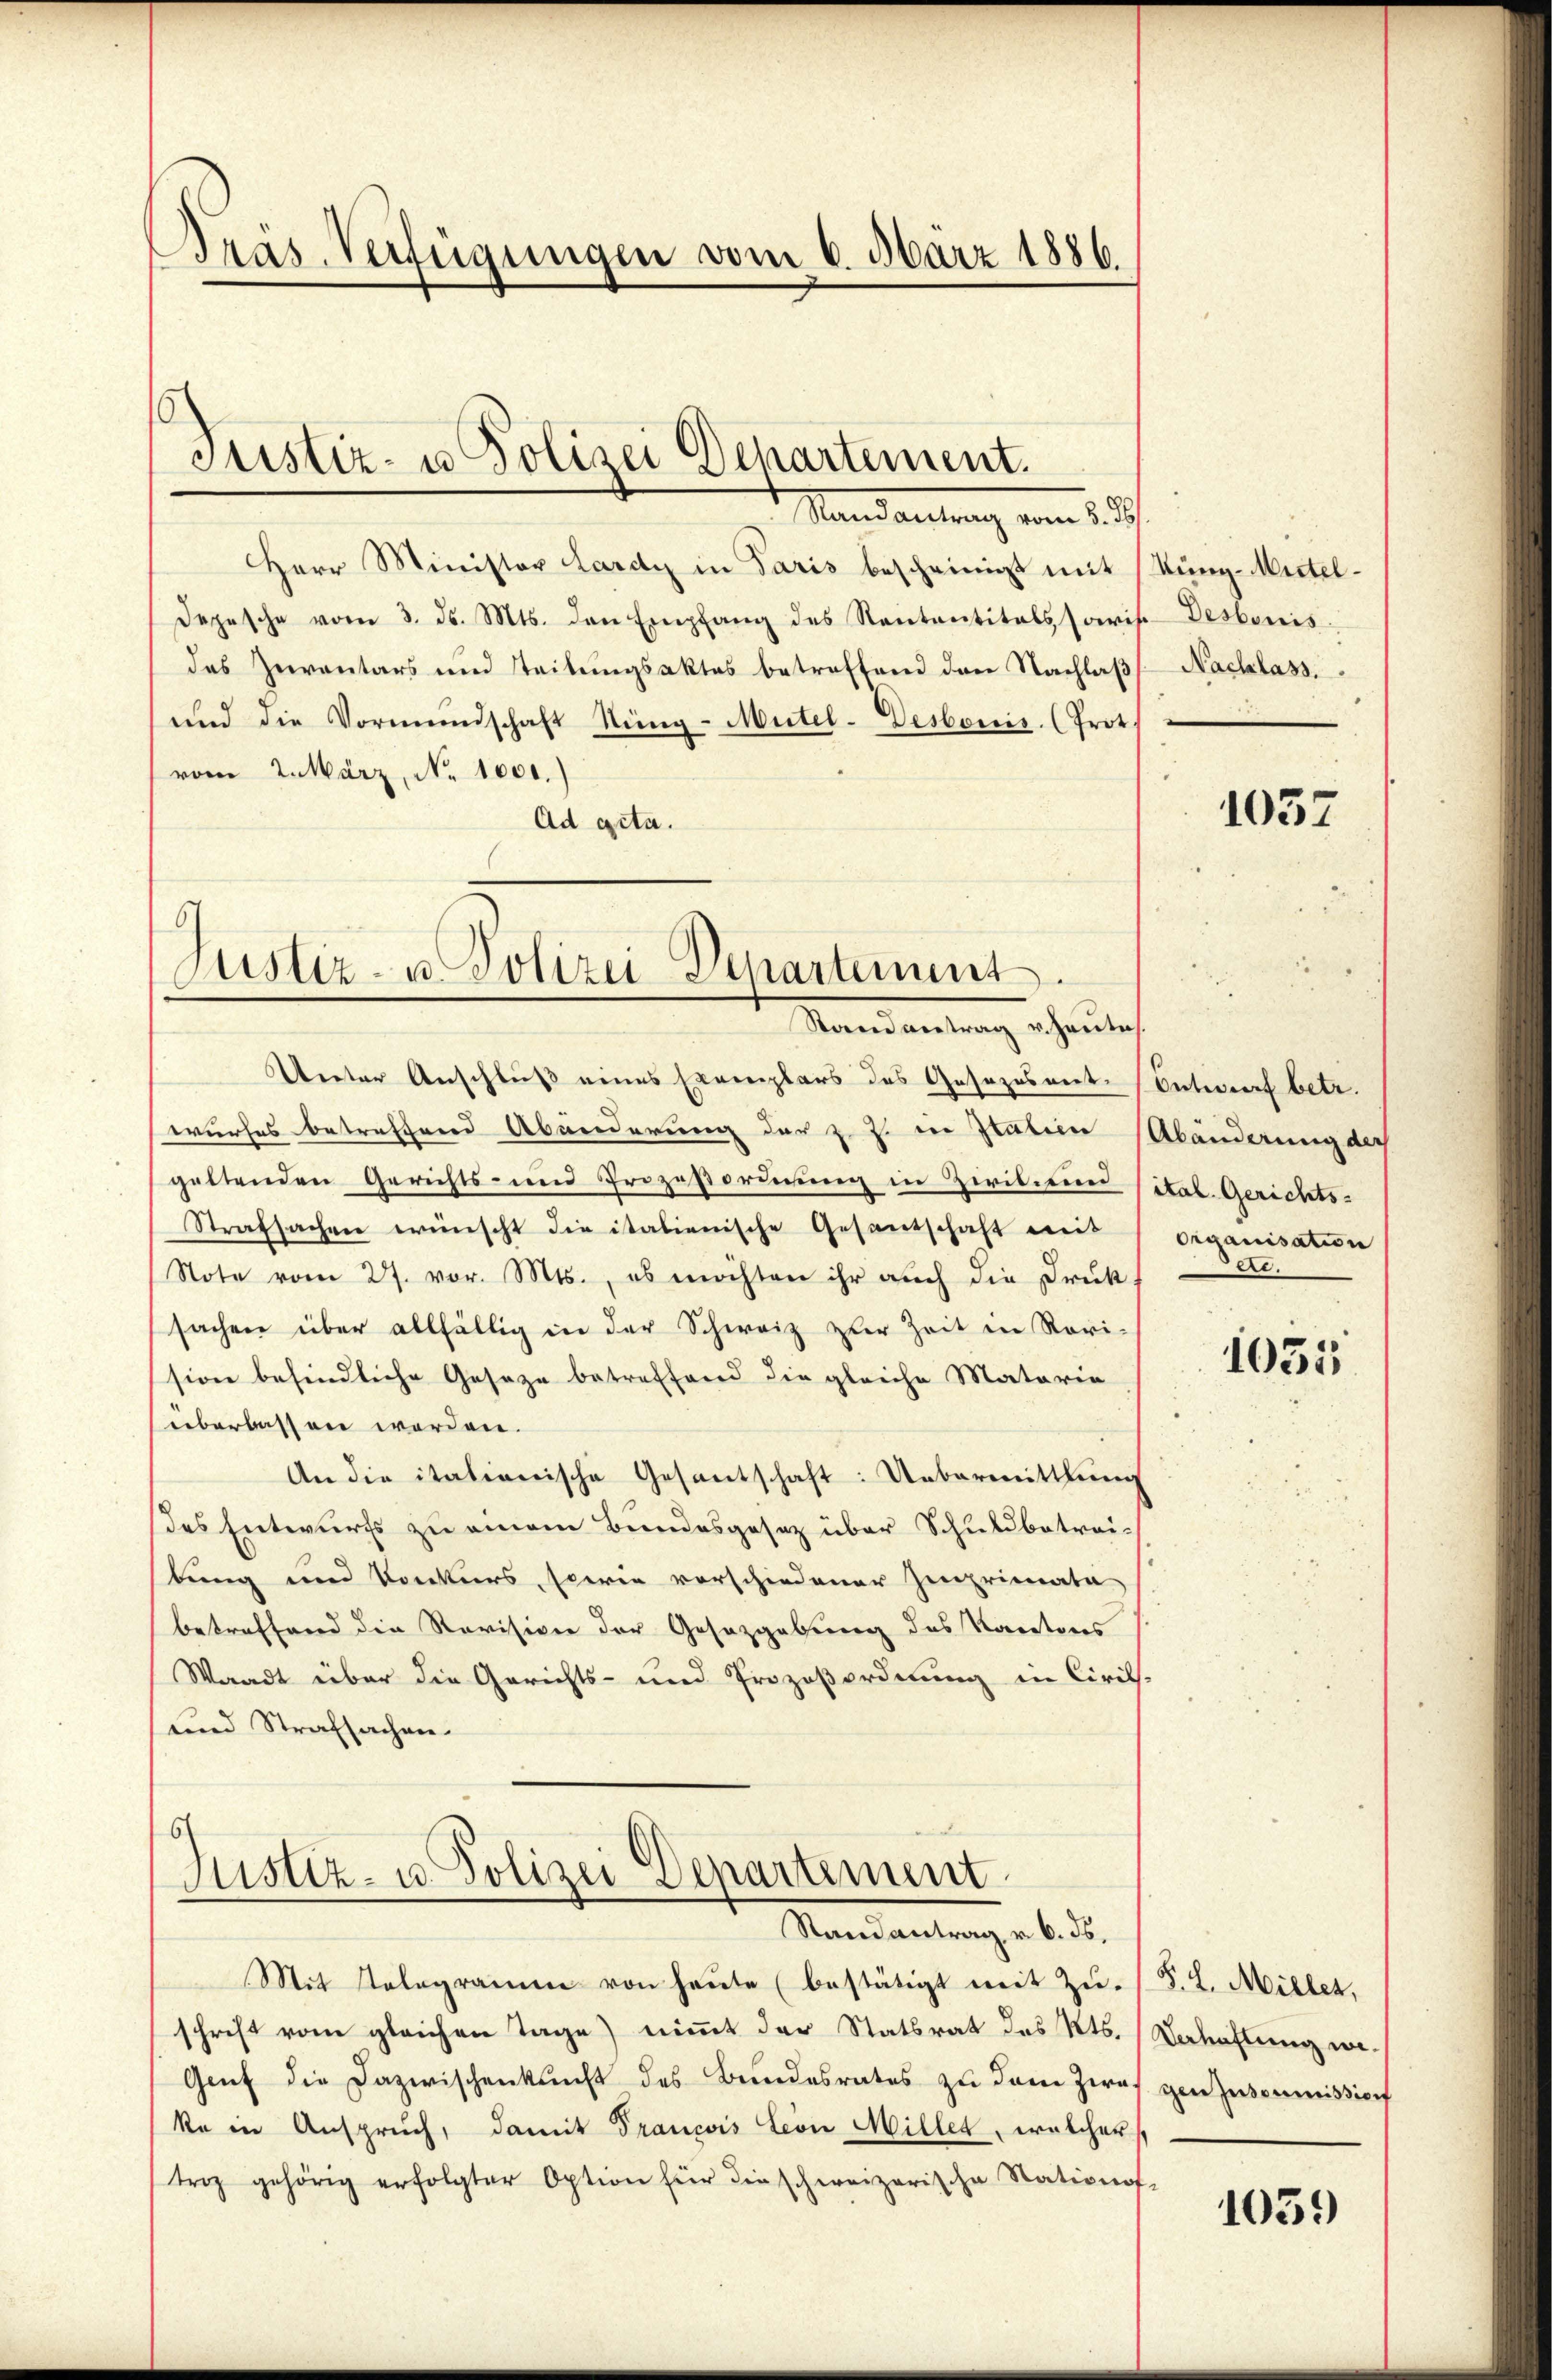
Präs. Verfügungen vom 6. März 1886.

Justiz- u Polizei Departement.

Mandartung vom 1. Sch
Herr Minister Lardy in Paris bescheinigt mit (Kung-Mittel¬
Depesche vom 3. d. Mts. den Empfang des Rententitalssoris. Desbonis
des Zuventars und Teilungsaktes betreffend den Nachlaβ Nachlass.
und die Vormundschaft Nüng-Mütel-Desbonis. (Prot
vom 2. März, No. 1001.)
Ad gita.
67

Unter Anschluß eines Exemplars des Gesezesent-Entwurf betr.
wurfes betreffend Abänderung der z. Z. in Italien Abänderung des
geltenden Gerichts- und Prozeßordnung in Zivilium (ital. Gerichts-
Strafsachen wünscht die italienische Gesantschaft weis organisation
Note vom 27. vor. Mts., es möchten ihr auch die Druk
sachen über allfällig in der Schweiz zur Zeit in Rovi-
sion befindliche Geseze betreffend die gleiche Materie
überlassen worden.
An die itationische Gesantschaft: Uebermittlung
des Entwurfs zu einem Bundesgesetz über Schuldbetrei-
bung und Konkurs, sowie vorschiedener Imprimata
betreffend die Revisione der Gesetzgebung des Karatoris
Waadt über die Gerichts- und Prozeßordnung in Civils.
und Strafsachen.
6
Justiz- u. Polizei Departement

Justiz- u. Polizei-Departement.
Stand antrag v. Hautes.

Randantrag v. 6. ds.

Mit Telegramm von heŭte (bestätigt mit Zŭ- (S. L. Miller,
schrift vom gleichen Tage) nimmt der Statsrat des Kts. (Behaftung we¬
Genf die Dazwischenkunft des Bundesrates zu dem Zwai genusommission
ka in Anspruch, damit Francois Lion Miller, welcher
trag gehörig erfolgter Option für die schweizerische Nations-

1037

.

1035

1039